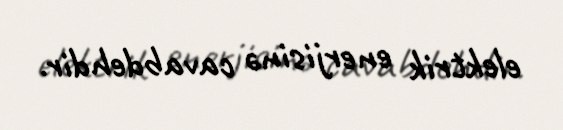
elektrik enerjisinə cavabdehdir.